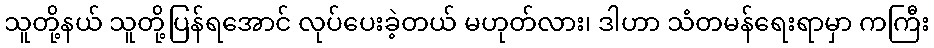
သူတို့နယ် သူတို့ပြန်ရအောင် လုပ်ပေးခဲ့တယ် မဟုတ်လား၊ ဒါဟာ သံတမန်ရေးရာမှာ ကကြီး